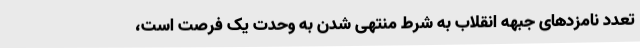
تعدد نامزدهای جبهه انقلاب به شرط منتهی شدن به وحدت یک فرصت‌ است،